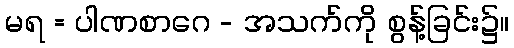
မရ = ပါဏစာဂေ - အသက်ကို စွန့်ခြင်း၌။